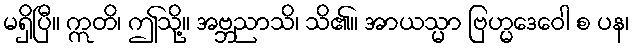
မရှိပြီ။ ဣတိ၊ ဤသို့။ အဗ္ဘညာသိ၊ သိ၏။ အာယသ္မာ ဗြဟ္မဒေဝေါ စ ပန၊